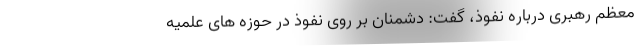
معظم رهبری درباره نفوذ، گفت: دشمنان بر روی نفوذ در حوزه های علمیه